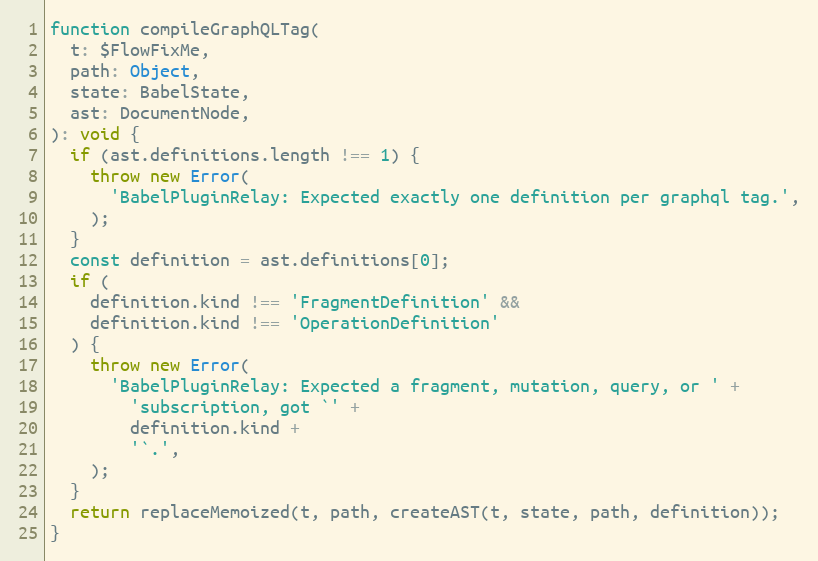
Language: JavaScript
function compileGraphQLTag(
  t: $FlowFixMe,
  path: Object,
  state: BabelState,
  ast: DocumentNode,
): void {
  if (ast.definitions.length !== 1) {
    throw new Error(
      'BabelPluginRelay: Expected exactly one definition per graphql tag.',
    );
  }
  const definition = ast.definitions[0];
  if (
    definition.kind !== 'FragmentDefinition' &&
    definition.kind !== 'OperationDefinition'
  ) {
    throw new Error(
      'BabelPluginRelay: Expected a fragment, mutation, query, or ' +
        'subscription, got `' +
        definition.kind +
        '`.',
    );
  }
  return replaceMemoized(t, path, createAST(t, state, path, definition));
}